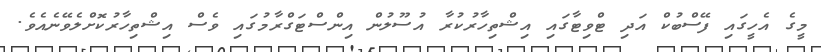
މީގެ އެހީގައި ފޭސްބުކް އަދި ޓްވިޓާގައި އިޝްތިހާރުކުރާ އުސޫލުން އިންސްޓަގްރާމުގައި ވެސް އިޝްތިހާރުކޮށްލެވޭނެއެވެ.